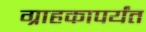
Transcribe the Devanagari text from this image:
ग्राहकापर्यंत